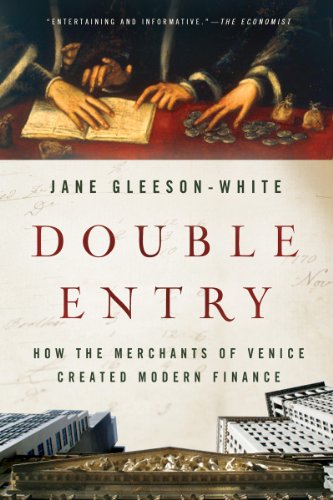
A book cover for Double Entry: How the Merchants of Venice Created Modern Finance; Jane Gleeson-White; Business & Money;